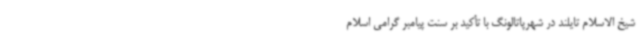
شیخ الاسلام تایلند در شهرپاتالونگ با تأکید بر سنت پیامبر گرامی اسلام